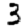
Digit: 3